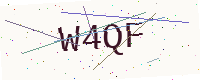
Text: W4QF